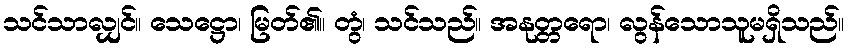
သင်သာလျှင်။ သေဋ္ဌော၊ မြတ်၏။ တွံ၊ သင်သည်။ အနုတ္တရော၊ လွန်သောသူမရှိသည်။